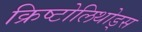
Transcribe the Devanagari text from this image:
क्रिष्टोलिथोड्स